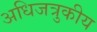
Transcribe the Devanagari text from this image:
अधिजत्रुकीय